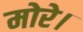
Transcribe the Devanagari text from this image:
मोरे।